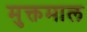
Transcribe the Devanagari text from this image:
मुक्तमाल